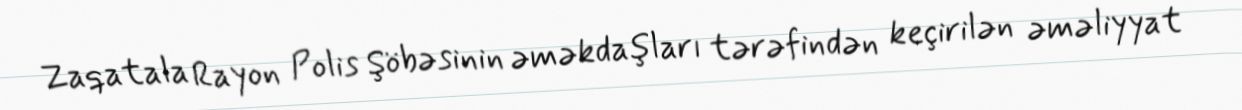
Zaqatala Rayon Polis Şöbəsinin əməkdaşları tərəfindən keçirilən əməliyyat